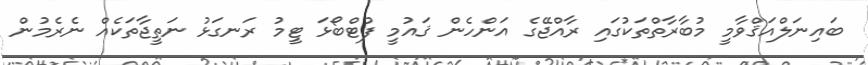
ބައިނަލްއަޤްވާމީ މުބާރާތްތަކުގައި ރާއްޖޭގެ އަންހެން ޤައުމީ ފުޓްބޯޅަ ޓީމު ރަނގަޅު ނަތީޖާތަކެއް ނެރެމުން